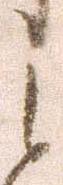
之